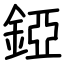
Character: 錏